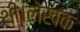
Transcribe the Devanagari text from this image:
थी।लेखक